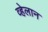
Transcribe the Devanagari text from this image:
व्हेलान